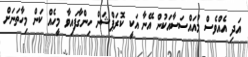
އަދި އެއްވެސް މުއައްސަސާއަކުން އޭނާ އަކީ ކޮރަޕްޝަން ހިންގާފައިވާ މީހެއް ކަން މިހާތަނަށް